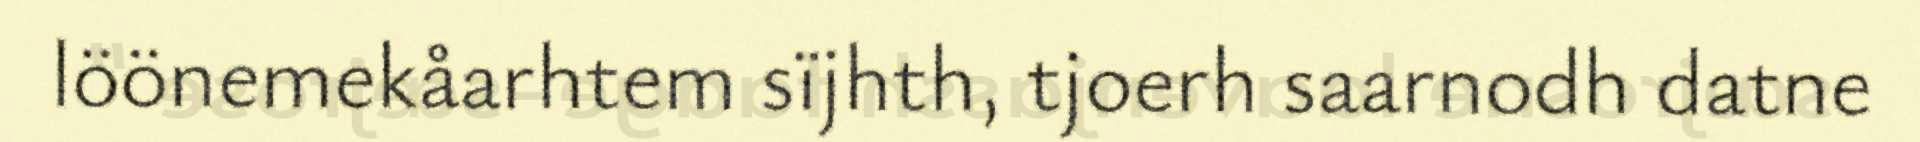
löönemekåarhtem sïjhth, tjoerh saarnodh datne